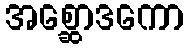
အစ္ဆောဒကော